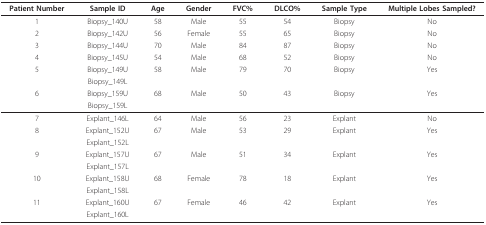
<table><thead><tr><td><b>Patient Number</b></td><td><b>Sample ID</b></td><td><b>Age</b></td><td><b>Gender</b></td><td><b>FVC%</b></td><td><b>DLCO%</b></td><td><b>Sample Type</b></td><td><b>Multiple Lobes Sampled?</b></td></tr></thead><tbody><tr><td>1</td><td>Biopsy_140U</td><td>58</td><td>Male</td><td>55</td><td>54</td><td>Biopsy</td><td>No</td></tr><tr><td>2</td><td>Biopsy_142U</td><td>56</td><td>Female</td><td>55</td><td>65</td><td>Biopsy</td><td>No</td></tr><tr><td>3</td><td>Biopsy_144U</td><td>70</td><td>Male</td><td>84</td><td>87</td><td>Biopsy</td><td>No</td></tr><tr><td>4</td><td>Biopsy_145U</td><td>54</td><td>Male</td><td>68</td><td>52</td><td>Biopsy</td><td>No</td></tr><tr><td>5</td><td>Biopsy_149U</td><td>58</td><td>Male</td><td>79</td><td>70</td><td>Biopsy</td><td>Yes</td></tr><tr><td></td><td>Biopsy_149L</td><td></td><td></td><td></td><td></td><td></td><td></td></tr><tr><td>6</td><td>Biopsy_159U</td><td>68</td><td>Male</td><td>50</td><td>43</td><td>Biopsy</td><td>Yes</td></tr><tr><td></td><td>Biopsy_159L</td><td></td><td></td><td></td><td></td><td></td><td></td></tr><tr><td>7</td><td>Explant_146L</td><td>64</td><td>Male</td><td>56</td><td>23</td><td>Explant</td><td>No</td></tr><tr><td>8</td><td>Explant_152U</td><td>67</td><td>Male</td><td>53</td><td>29</td><td>Explant</td><td>Yes</td></tr><tr><td></td><td>Explant_152L</td><td></td><td></td><td></td><td></td><td></td><td></td></tr><tr><td>9</td><td>Explant_157U</td><td>67</td><td>Male</td><td>51</td><td>34</td><td>Explant</td><td>Yes</td></tr><tr><td></td><td>Explant_157L</td><td></td><td></td><td></td><td></td><td></td><td></td></tr><tr><td>10</td><td>Explant_158U</td><td>68</td><td>Female</td><td>78</td><td>18</td><td>Explant</td><td>Yes</td></tr><tr><td></td><td>Explant_158L</td><td></td><td></td><td></td><td></td><td></td><td></td></tr><tr><td>11</td><td>Explant_160U</td><td>67</td><td>Female</td><td>46</td><td>42</td><td>Explant</td><td>Yes</td></tr><tr><td></td><td>Explant_160L</td><td></td><td></td><td></td><td></td><td></td><td></td></tr></tbody></table>